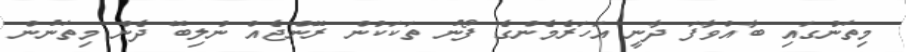
މިތަނުގައި ބާއްވާފަ ދާނީ އަހަރެމެންގެ ފޯނު ތަކަކުން ރޭންޖެއް ނުލިބޭ ދެން މިތަނުން